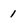
Character: 1